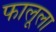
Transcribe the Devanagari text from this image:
फालूला